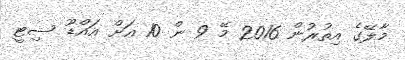
މާލޭގެ އިތުރުން 2016 މޭ 9 ން 10 އަށް އައްޑޫ ސިޓީ